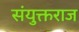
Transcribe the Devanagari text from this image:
संयुक्तराज